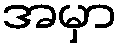
အမှာ